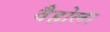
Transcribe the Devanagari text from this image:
वैहोला